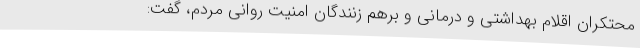
محتکران اقلام بهداشتی و درمانی و برهم زنندگان امنیت روانی مردم، گفت: